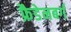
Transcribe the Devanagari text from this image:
फ्रैडेनबर्ग